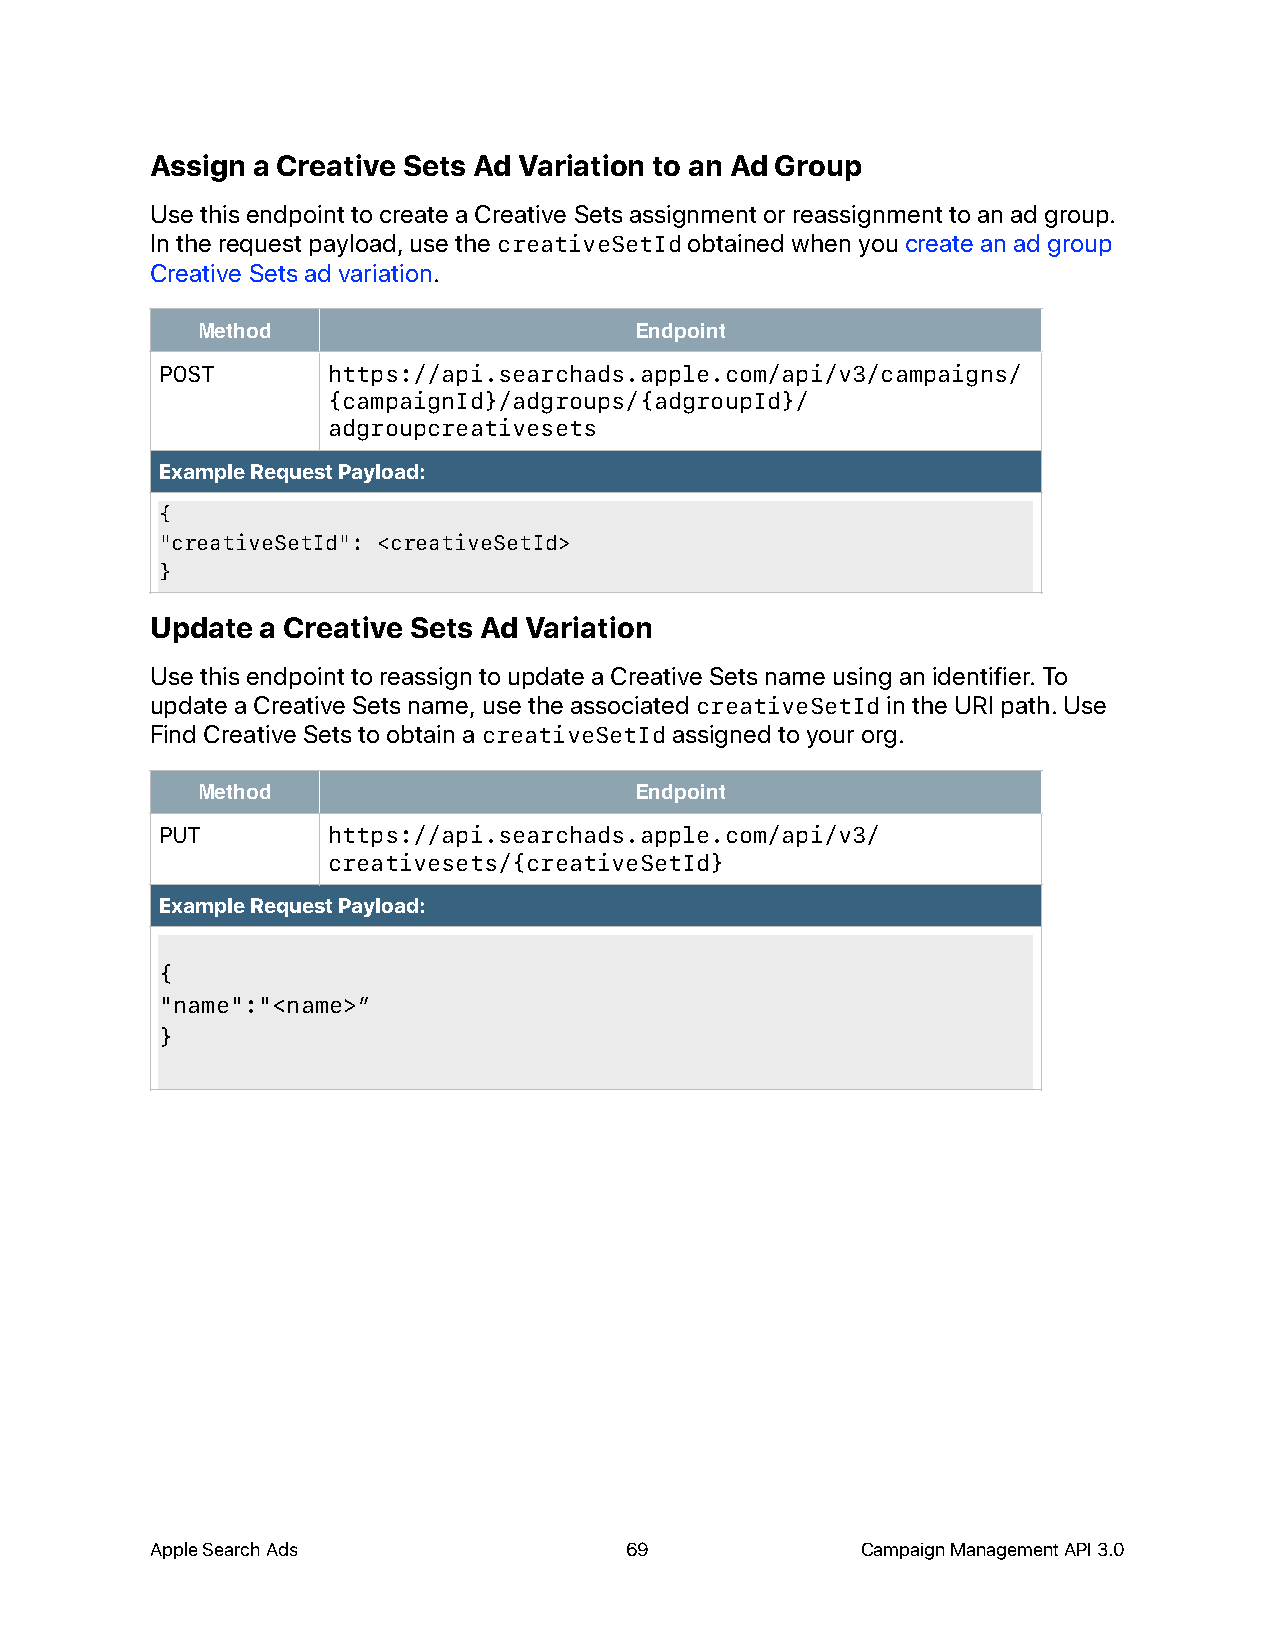
Assign a Creative Sets Ad Variation to an Ad Group
 Use this endpoint to create a Creative Sets assignment or reassignment to an ad group.
 In the request payload, use the creativeSetId obtained when you create an ad group
 Creative Sets ad variation.
 Method                       Endpoint
 POST       https://api.searchads.apple.com/api/v3/campaigns/
 {campaignId}/adgroups/{adgroupId}/
 adgroupcreativesets
 Example Request Payload:
 {
 "creativeSetId": <creativeSetId>
 }
 Update a Creative Sets Ad Variation
 Use this endpoint to reassign to update a Creative Sets name using an identifier. To
 update a Creative Sets name, use the associated creativeSetId in the URI path. Use
 Find Creative Sets to obtain a creativeSetId assigned to your org.
 Method                       Endpoint
 PUT        https://api.searchads.apple.com/api/v3/
 creativesets/{creativeSetId}
 Example Request Payload:
 {
 "name":"<name>”
 }
 Apple Search Ads               69              Campaign Management API 3.0